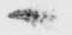
へ